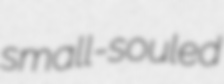
small-souled